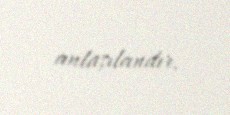
anlaşılandır.